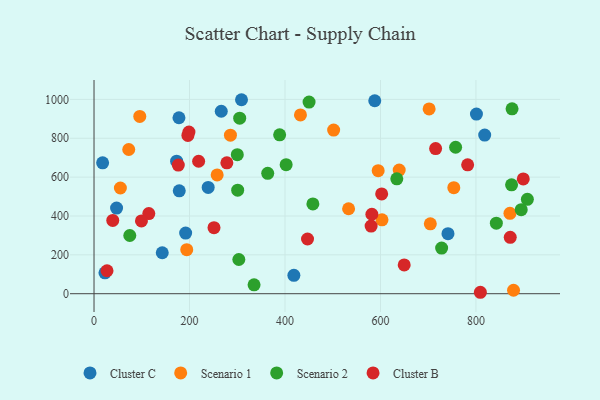
{"axis": {"x": "Distance", "y": "Yield"}, "legend": ["Cluster B", "Cluster C", "Scenario 1", "Scenario 2"], "data": [{"x": "741.4", "y": 309.0, "type": "Cluster C"}, {"x": "173.0", "y": 682.2, "type": "Cluster C"}, {"x": "801.0", "y": 924.4, "type": "Cluster C"}, {"x": "18.0", "y": 673.5, "type": "Cluster C"}, {"x": "22.9", "y": 107.5, "type": "Cluster C"}, {"x": "178.5", "y": 529.4, "type": "Cluster C"}, {"x": "418.6", "y": 94.4, "type": "Cluster C"}, {"x": "142.9", "y": 210.7, "type": "Cluster C"}, {"x": "308.9", "y": 998.4, "type": "Cluster C"}, {"x": "191.9", "y": 312.3, "type": "Cluster C"}, {"x": "47.2", "y": 440.8, "type": "Cluster C"}, {"x": "239.1", "y": 547.0, "type": "Cluster C"}, {"x": "818.3", "y": 816.5, "type": "Cluster C"}, {"x": "588.0", "y": 993.2, "type": "Cluster C"}, {"x": "177.9", "y": 905.7, "type": "Cluster C"}, {"x": "266.5", "y": 939.1, "type": "Cluster C"}, {"x": "701.9", "y": 951.1, "type": "Scenario 1"}, {"x": "603.2", "y": 380.5, "type": "Scenario 1"}, {"x": "95.8", "y": 912.4, "type": "Scenario 1"}, {"x": "639.2", "y": 636.5, "type": "Scenario 1"}, {"x": "595.2", "y": 633.3, "type": "Scenario 1"}, {"x": "72.7", "y": 742.2, "type": "Scenario 1"}, {"x": "285.7", "y": 815.8, "type": "Scenario 1"}, {"x": "194.2", "y": 226.9, "type": "Scenario 1"}, {"x": "753.6", "y": 545.9, "type": "Scenario 1"}, {"x": "432.4", "y": 920.3, "type": "Scenario 1"}, {"x": "501.9", "y": 842.4, "type": "Scenario 1"}, {"x": "533.2", "y": 437.2, "type": "Scenario 1"}, {"x": "704.4", "y": 359.8, "type": "Scenario 1"}, {"x": "871.2", "y": 413.8, "type": "Scenario 1"}, {"x": "55.2", "y": 544.2, "type": "Scenario 1"}, {"x": "257.9", "y": 611.2, "type": "Scenario 1"}, {"x": "878.7", "y": 17.9, "type": "Scenario 1"}, {"x": "842.7", "y": 363.0, "type": "Scenario 2"}, {"x": "907.7", "y": 485.6, "type": "Scenario 2"}, {"x": "634.2", "y": 591.3, "type": "Scenario 2"}, {"x": "728.1", "y": 235.0, "type": "Scenario 2"}, {"x": "305.1", "y": 903.6, "type": "Scenario 2"}, {"x": "402.4", "y": 664.2, "type": "Scenario 2"}, {"x": "450.4", "y": 986.4, "type": "Scenario 2"}, {"x": "363.8", "y": 619.6, "type": "Scenario 2"}, {"x": "458.4", "y": 462.0, "type": "Scenario 2"}, {"x": "875.6", "y": 951.5, "type": "Scenario 2"}, {"x": "335.2", "y": 45.7, "type": "Scenario 2"}, {"x": "303.3", "y": 176.1, "type": "Scenario 2"}, {"x": "74.9", "y": 299.6, "type": "Scenario 2"}, {"x": "757.4", "y": 753.9, "type": "Scenario 2"}, {"x": "300.1", "y": 715.5, "type": "Scenario 2"}, {"x": "874.6", "y": 560.2, "type": "Scenario 2"}, {"x": "894.8", "y": 432.4, "type": "Scenario 2"}, {"x": "300.9", "y": 532.7, "type": "Scenario 2"}, {"x": "388.8", "y": 817.8, "type": "Scenario 2"}, {"x": "649.7", "y": 148.1, "type": "Cluster B"}, {"x": "447.2", "y": 281.6, "type": "Cluster B"}, {"x": "251.3", "y": 340.1, "type": "Cluster B"}, {"x": "899.1", "y": 590.6, "type": "Cluster B"}, {"x": "580.4", "y": 348.1, "type": "Cluster B"}, {"x": "114.7", "y": 412.6, "type": "Cluster B"}, {"x": "99.3", "y": 374.7, "type": "Cluster B"}, {"x": "582.0", "y": 408.9, "type": "Cluster B"}, {"x": "198.8", "y": 831.7, "type": "Cluster B"}, {"x": "196.6", "y": 814.9, "type": "Cluster B"}, {"x": "27.2", "y": 118.3, "type": "Cluster B"}, {"x": "715.5", "y": 747.0, "type": "Cluster B"}, {"x": "39.2", "y": 377.4, "type": "Cluster B"}, {"x": "809.2", "y": 7.4, "type": "Cluster B"}, {"x": "176.5", "y": 662.3, "type": "Cluster B"}, {"x": "278.2", "y": 673.7, "type": "Cluster B"}, {"x": "219.1", "y": 681.7, "type": "Cluster B"}, {"x": "871.8", "y": 290.1, "type": "Cluster B"}, {"x": "602.5", "y": 513.5, "type": "Cluster B"}, {"x": "782.6", "y": 663.5, "type": "Cluster B"}]}